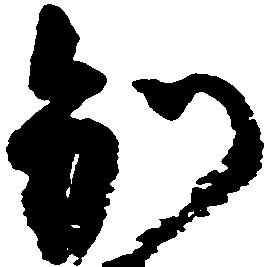
別